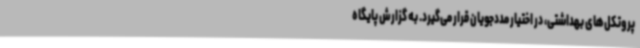
پروتکل‌های بهداشتی، در اختیار مددجویان قرار می‌گیرد. به گزارش پایگاه